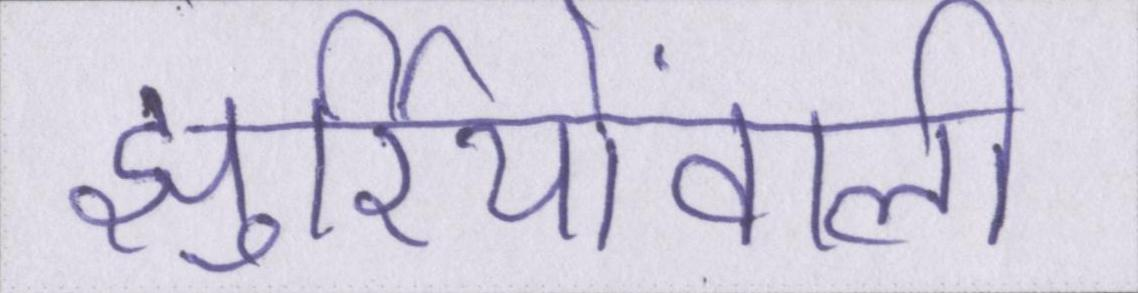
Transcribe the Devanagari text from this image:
झुर्रियोंवाली